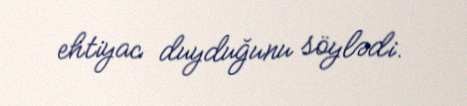
ehtiyac duyduğunu söylədi.